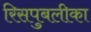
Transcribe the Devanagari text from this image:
रिसपुबलीका